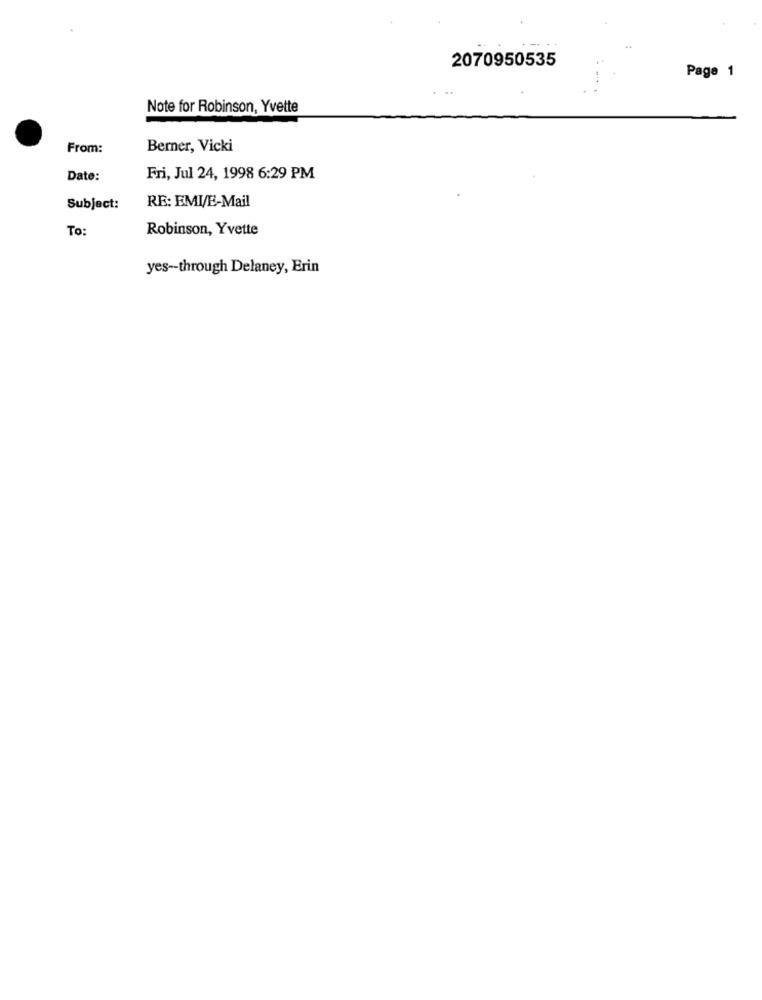
2070950535
Page 1
Note for Robinson, Yvette
From:
Berner, Vicki
Date:
Fri, Jul 24, 1998 6:29 PM
RE: EMI/E-Mail
Subject:
To:
Robinson, Yvette
yes -- through Delaney, Erin